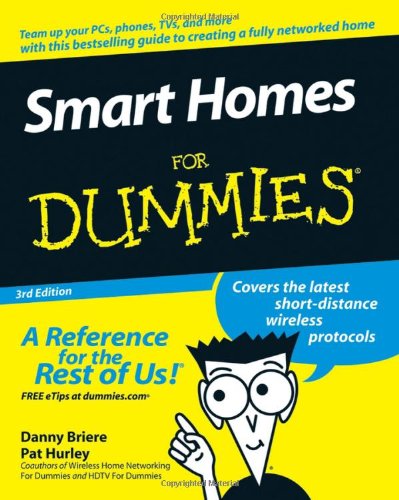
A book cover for Smart Homes For Dummies; Danny Briere; Crafts, Hobbies & Home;